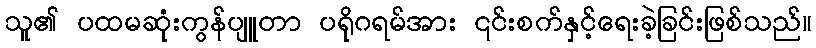
သူ၏ ပထမဆုံးကွန်ပျူတာ ပရိုဂရမ်အား ၎င်းစက်နှင့်ရေးခဲ့ခြင်းဖြစ်သည်။